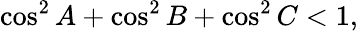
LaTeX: \cos^{2}A+\cos^{2}B+\cos^{2}C<1,